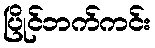
ပြိုင်ဘက်ကင်း